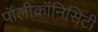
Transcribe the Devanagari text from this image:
पॉलीक्रॉनिसिटी